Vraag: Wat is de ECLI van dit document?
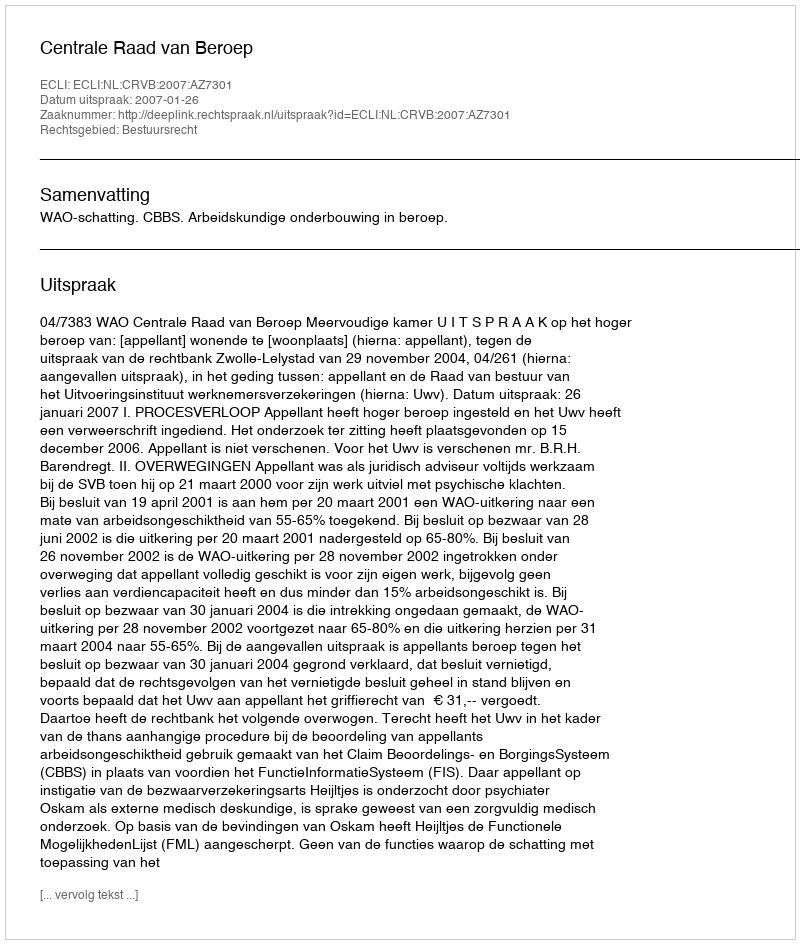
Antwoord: ECLI:NL:CRVB:2007:AZ7301